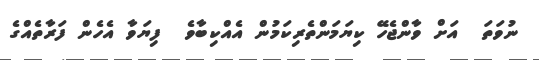
ނުވަތަ  އަށް ވާންޖެހޭ ކިޔަމަންތެރިކަމުން އެއްކިބާވެ  ފިޔަވާ އެހެން ފަރާތެއްގެ